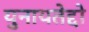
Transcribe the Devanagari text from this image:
युनायतेद्दो